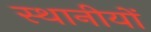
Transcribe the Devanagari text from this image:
स्थानीयों